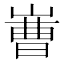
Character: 𱜅